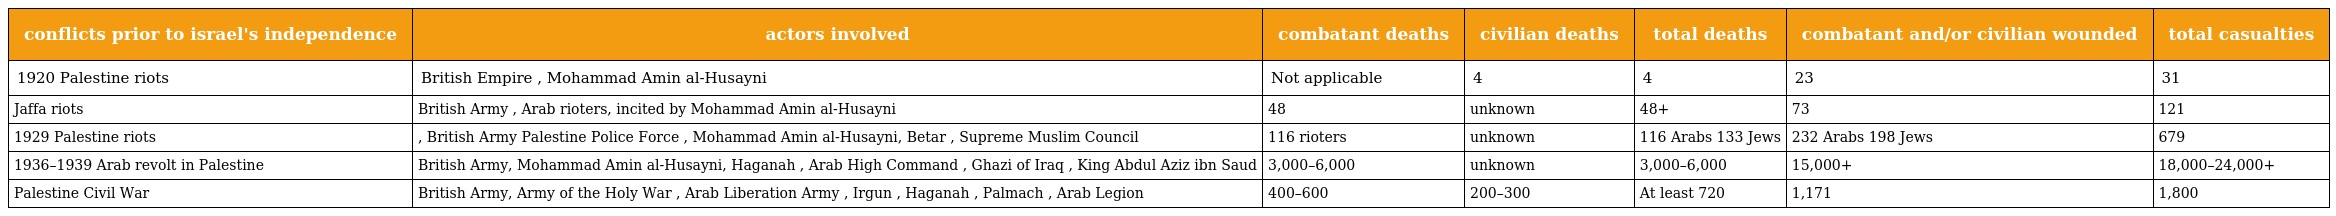
| conflicts prior to israel's independence | actors involved | combatant deaths | civilian deaths | total deaths | combatant and/or civilian wounded | total casualties |
 | --- | --- | --- | --- | --- | --- | --- |
 | 1920 Palestine riots | British Empire , Mohammad Amin al-Husayni | Not applicable | 4 | 4 | 23 | 31 |
 | Jaffa riots | British Army , Arab rioters, incited by Mohammad Amin al-Husayni | 48 | unknown | 48+ | 73 | 121 |
 | 1929 Palestine riots | , British Army Palestine Police Force , Mohammad Amin al-Husayni, Betar , Supreme Muslim Council | 116 rioters | unknown | 116 Arabs 133 Jews | 232 Arabs 198 Jews | 679 |
 | 1936–1939 Arab revolt in Palestine | British Army, Mohammad Amin al-Husayni, Haganah , Arab High Command , Ghazi of Iraq , King Abdul Aziz ibn Saud | 3,000–6,000 | unknown | 3,000–6,000 | 15,000+ | 18,000–24,000+ |
 | Palestine Civil War | British Army, Army of the Holy War , Arab Liberation Army , Irgun , Haganah , Palmach , Arab Legion | 400–600 | 200–300 | At least 720 | 1,171 | 1,800 |